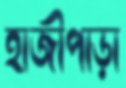
হাজীপাড়া